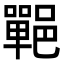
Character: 𨞏